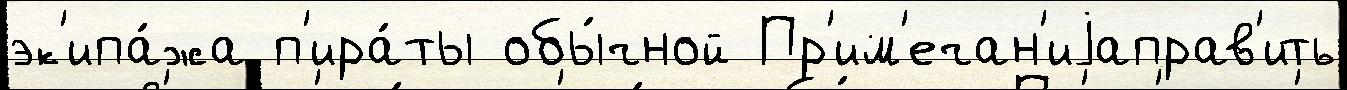
эк'ипа́жа п'ира́ты обы́чной Пр'им'ечан'иjаправ'ить